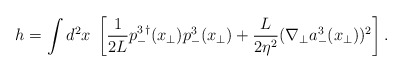
\begin{align*}h = \int d^2x \; \left[ \frac{1}{2 L} p^{3\,\dagger}_-({x}_{\bot}) p^{3}_-({x}_{\bot})+ \frac{L}{2\eta^2} (\nabla_{\bot} a^3_-({x}_{\bot}))^2\right].\end{align*}